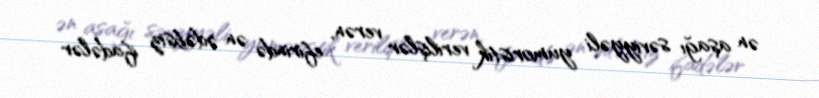
ən aşağı səviyyəli yumoristik verilişlər verən, efirində ən ədəbsiz ifadələr